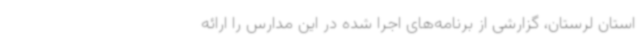
استان لرستان، گزارشی از برنامه‌های اجرا شده در این مدارس را ارائه